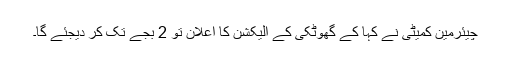
چیئرمین کمیٹی نے کہا کے گھوٹکی کے الیکشن کا اعلان تو 2 بجے تک کر دیجئے گا۔